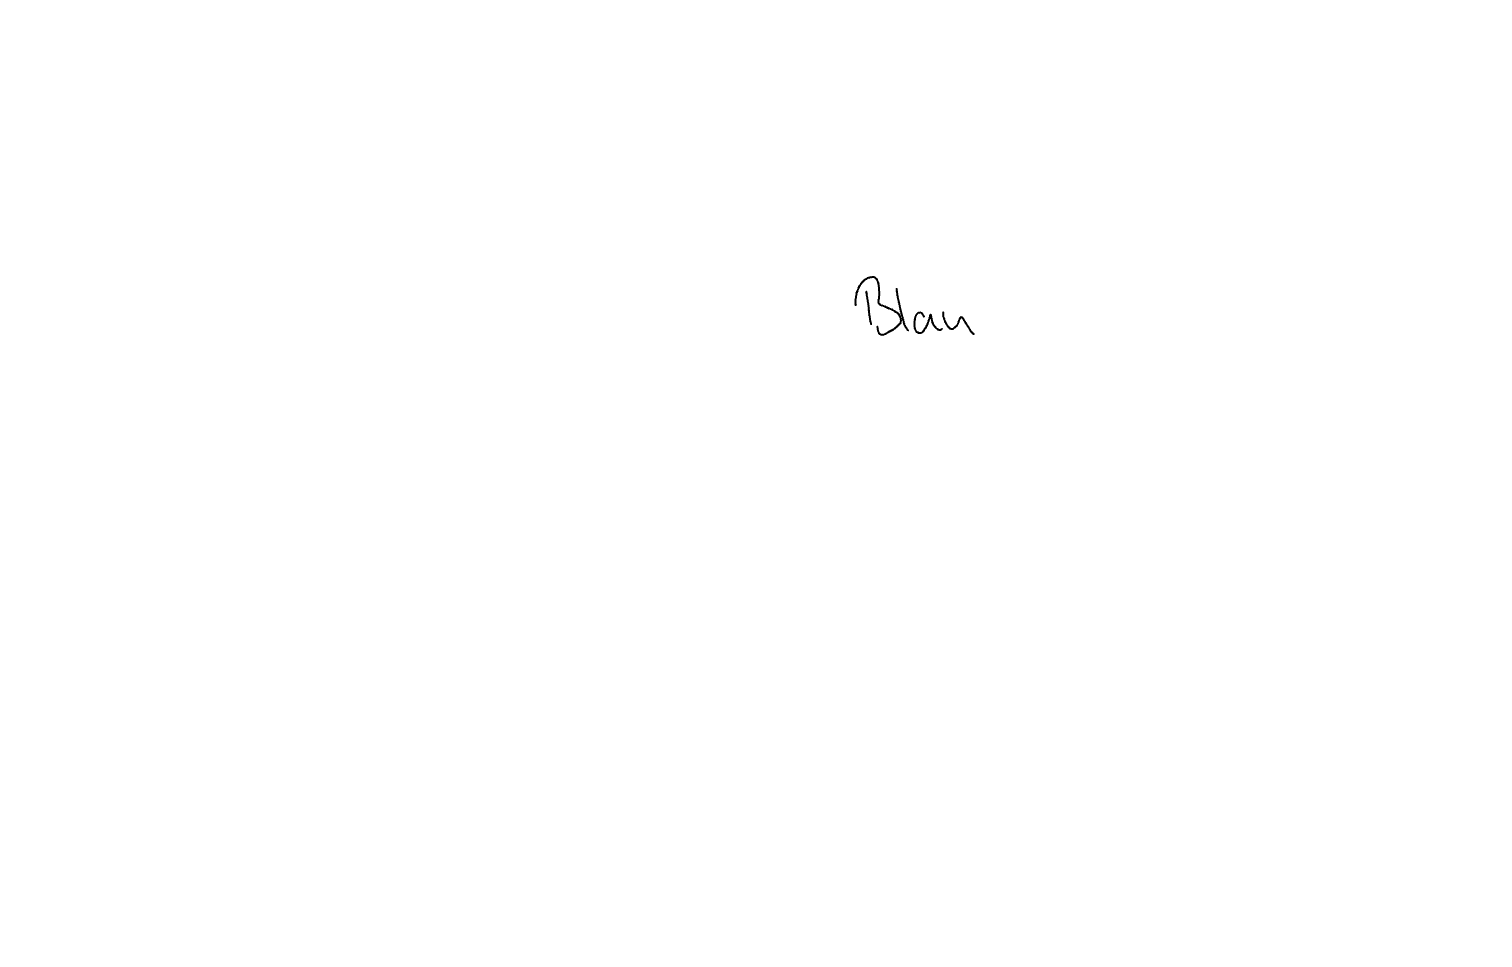
Text: Blau